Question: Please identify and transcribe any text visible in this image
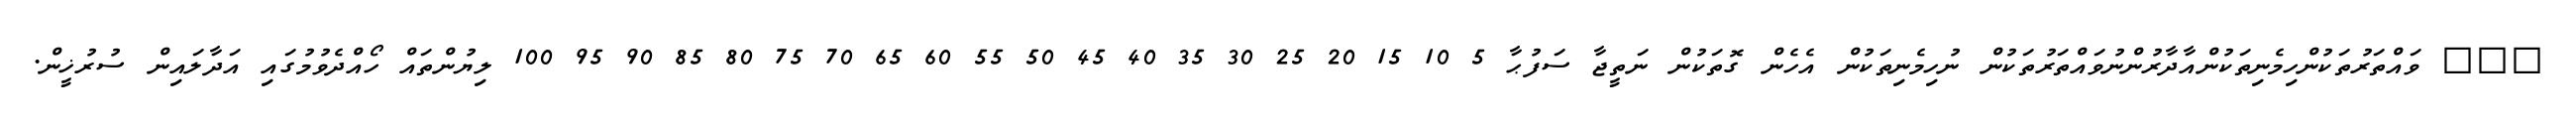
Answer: ??? ވައްތަރުތަކުންހިމެނިތަކުންއާދާރުންނުވައްތަރުތަކުން ނުހިމެނިތަކުން އެހެން ގޮތަކުން ނަތީޖާ ސަފުޙާ 5 10 15 20 25 30 35 40 45 50 55 60 65 70 75 80 85 90 95 100 ލިޔުންތައް ހޯއްދެވުމުގައި އަދާލައިން ސުރުޚީން.